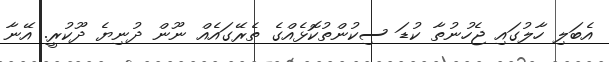
އެބަލި ހާލުގައި ޖެހުނުތާ ކުޑަ ސިކުންތުކޮޅެއްގެ ތެރޭގައެއް ނޫން ދުނިޔެ ދޫކުރީ. އޭނާ